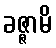
ခဇ္ဇာမိ